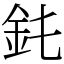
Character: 䤜